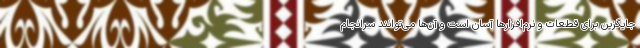
جایگزین برای قطعات و نرم‌افزارها آسان است و آن‌ها می‌توانند سرانجام